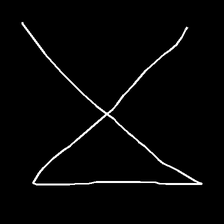
Glyph: collection